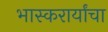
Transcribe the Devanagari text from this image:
भास्करार्यांचा